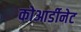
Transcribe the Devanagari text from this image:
कोआर्डीनेट